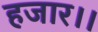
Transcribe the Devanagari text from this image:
हजार।।